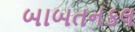
બાબતનકલ